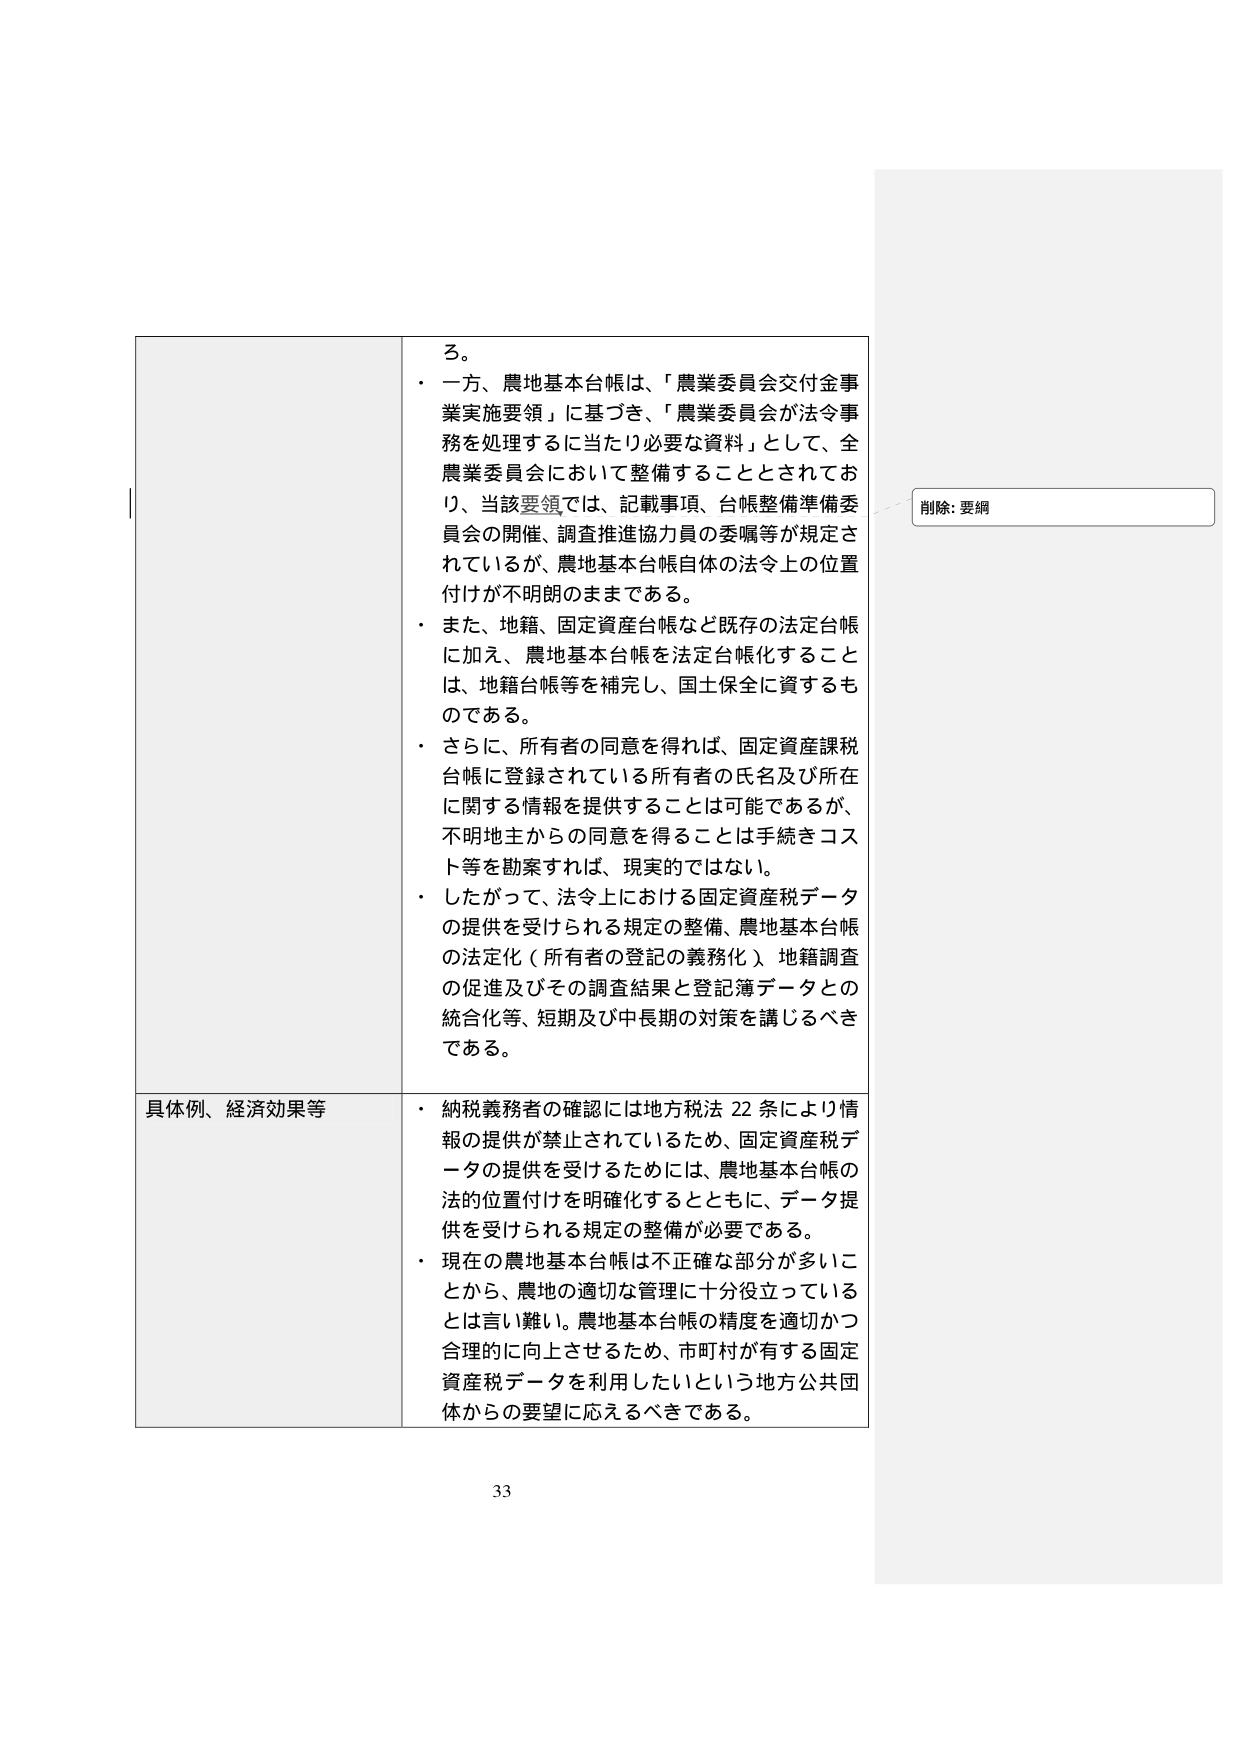
ろ。
・一方、農地基本台帳は、「農業委員会交付金事業実施要領」に基づき、「農業委員会が法令事務を処理するに当たり必要な資料」として、全農業委員会において整備することとされており、当該要領では、記載事項、台帳整備準備委員会の開催、調査推進協力員の委嘱等が規定されているが、農地基本台帳自体の法令上の位置付けが不明朗のままである。
・また、地籍、固定資産台帳など既存の法定台帳に加え、農地基本台帳を法定台帳化することは、地籍台帳等を補完し、国土保全に資するものである。
・さらに、所有者の同意を得れば、固定資産課税台帳に登録されている所有者の氏名及び所在に関する情報を提供することは可能であるが、不明地主からの同意を得ることは手続きコスト等を勘案すれば、現実的ではない。
・したがって、法令上における固定資産税データの提供を受けられる規定の整備、農地基本台帳の法定化（所有者の登記の義務化）、地籍調査の促進及びその調査結果と登記簿データとの統合化等、短期及び中長期の対策を講じるべきである。

具体例、経済効果等
・納税義務者の確認には地方税法22条により情報の提供が禁止されているため、固定資産税データの提供を受けるためには、農地基本台帳の法的位置付けを明確化するとともに、データ提供を受けられる規定の整備が必要である。
・現在の農地基本台帳は不正確な部分が多いことから、農地の適切な管理に十分役立っているとは言い難い。農地基本台帳の精度を適切かつ合理的に向上させるため、市町村が有する固定資産税データを利用したいという地方公共団体からの要望に応えるべきである。

削除: 要綱

33